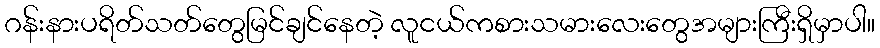
ဂန်းနားပရိတ်သတ်တွေမြင်ချင်နေတဲ့ လူငယ်ကစားသမားလေးတွေအများကြီးရှိမှာပါ။